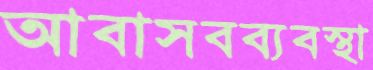
আবাসবব্যবস্থা